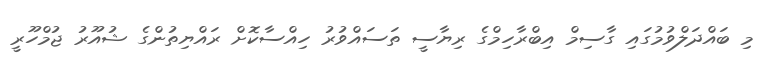
މި ބައްދަލްވުމުގައި ގާސިމް އިބްރާހިމްގެ ރިޔާސީ ތަސައްވުރު ހިއްސާކޮށް ރައްޔިތުންގެ ޝުއޫރު ޖުމްހޫރީ